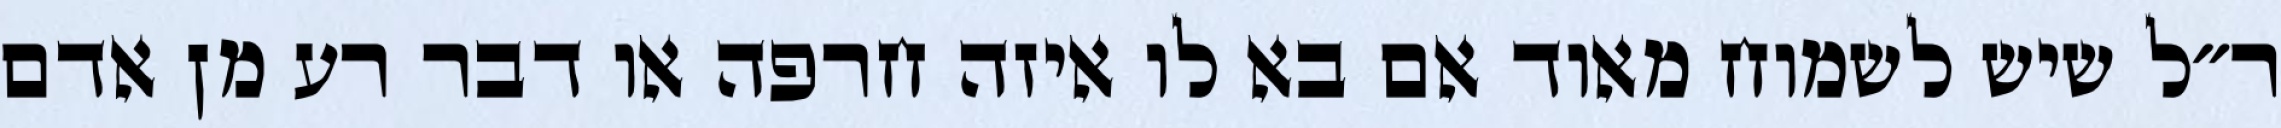
ר״ל שיש לשמוח מאוד אם בא לו איזה חרפה או דבר רע מן אדם